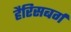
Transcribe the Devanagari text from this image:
हैरिसबर्ग